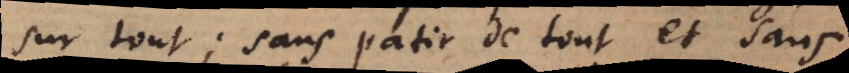
sur tout; sans patir de tout et sans